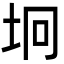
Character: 坰